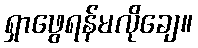
ရှာဖွေရန်မလိုချေ။